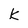
Character: K